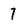
Character: 7